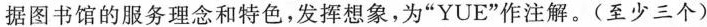
据图书馆的服务理念和特色，发挥想象，为”YUE”作注解。(至少三个)